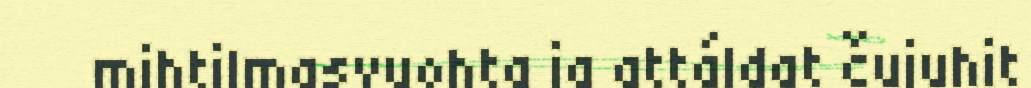
mihtilmasvuohta ja attáldat čujuhit